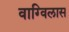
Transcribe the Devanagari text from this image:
वाग्विलास